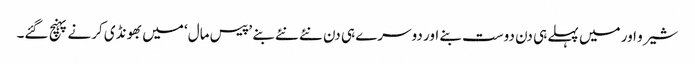
شیرو اور میں پہلے ہی دن دوست بنے اور دوسرے ہی دن نئے نئے بنے ’پیس مال‘ میں بھونڈی کرنے پہنچ گئے۔